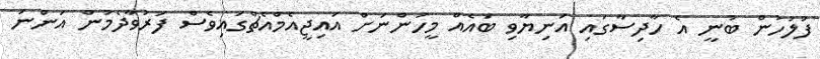
ފުލުހުން ބުނީ އެ ހާދިސާގައި އަނިޔާވި ބައެއް މީހުންނަށް އައިޖީއެމްއެޗްގައިވެސް ފަރުވާދެމުން އަންނަ